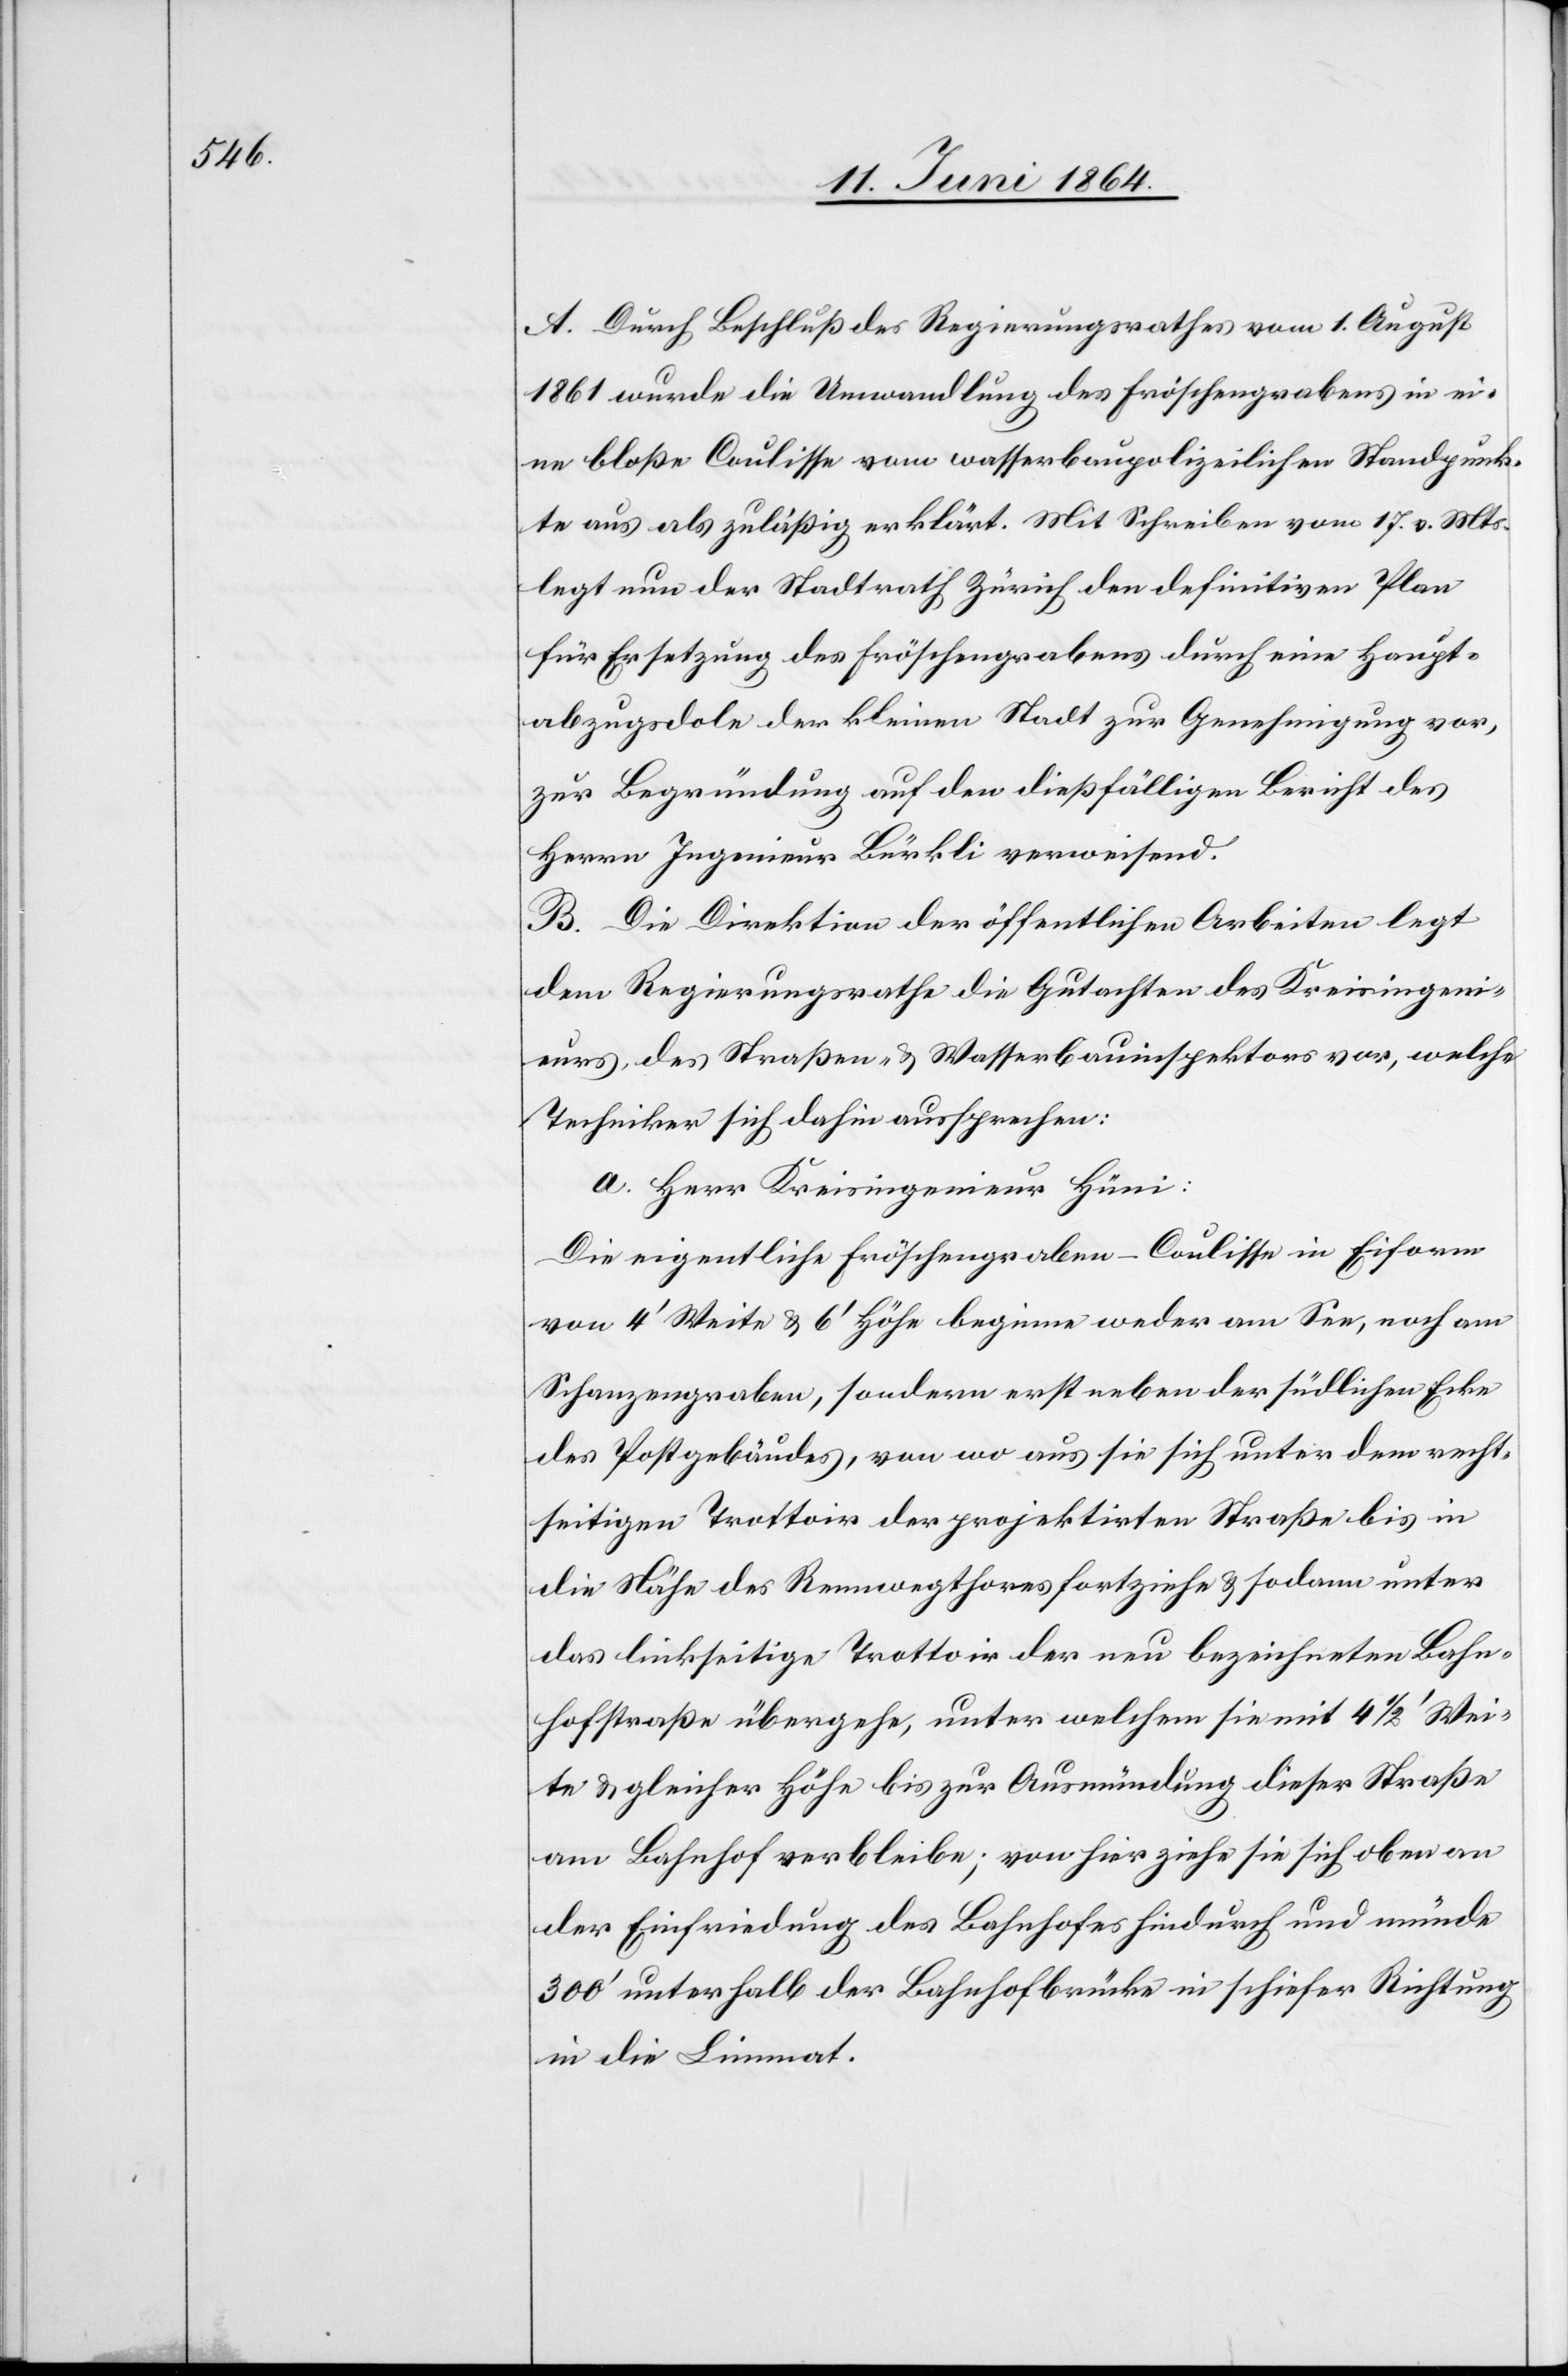
A. Durch Beschluß des Regierungsrathes vom 1. August
1861 wurde die Umwandlung des Fröschengrabens in ei¬
ne bloße Coulisse vom wasserbaupolizeilichen Standpunk¬
te aus als zuläßig erklärt. Mit Schreiben vom 17. v. Mts.
legt nun der Stadtrath Zürich den definitiven Plan
für Ersetzung des Fröschengrabens durch eine Haupt¬
abzugsdole der kleinen Stadt zur Genehmigung vor,
zur Begründung auf den dießfälligen Bericht des
Herrn Ingenieur Bürkli verweisend.
B. Die Direktion der öffentlichen Arbeiten legt
dem Regierungsrathe die Gutachten des Kreisingeni¬
eurs, des Straßen- u. Wasserbauinspektors vor, welche
Techniker sich dahin aussprechen:
a. Herr Kreisingenieur Hüni:
Die eigentliche Fröschengraben-Coulisse in Eiform
von 4’ Weite u. 6’ Höhe beginne weder am See, noch am
Schanzengraben, sondern erst neben der südlichen Ecke
des Postgebäudes, von wo aus sie sich unter dem recht¬
seitigen Trottoir der projektirten Straße bis in
die Nähe des Rennwegthores fortziehe u. sodann unter
das linkseitige Trottoir der neu bezeichneten Bahn¬
hofstraße übergehe, unter welchem sie mit 4 1/2’ Wei¬
te u. gleicher Höhe bis zur Ausmündung dieser Straße
am Bahnhof verbleibe; von hier ziehe sie sich oben an
der Einfriedung des Bahnhofes hindurch und münde
300’ unterhalb der Bahnhofbrücke in schiefer Richtung
in die Limmat.